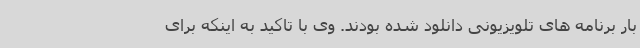
بار برنامه های تلویزیونی دانلود شده بودند. وی با تاکید به اینکه برای